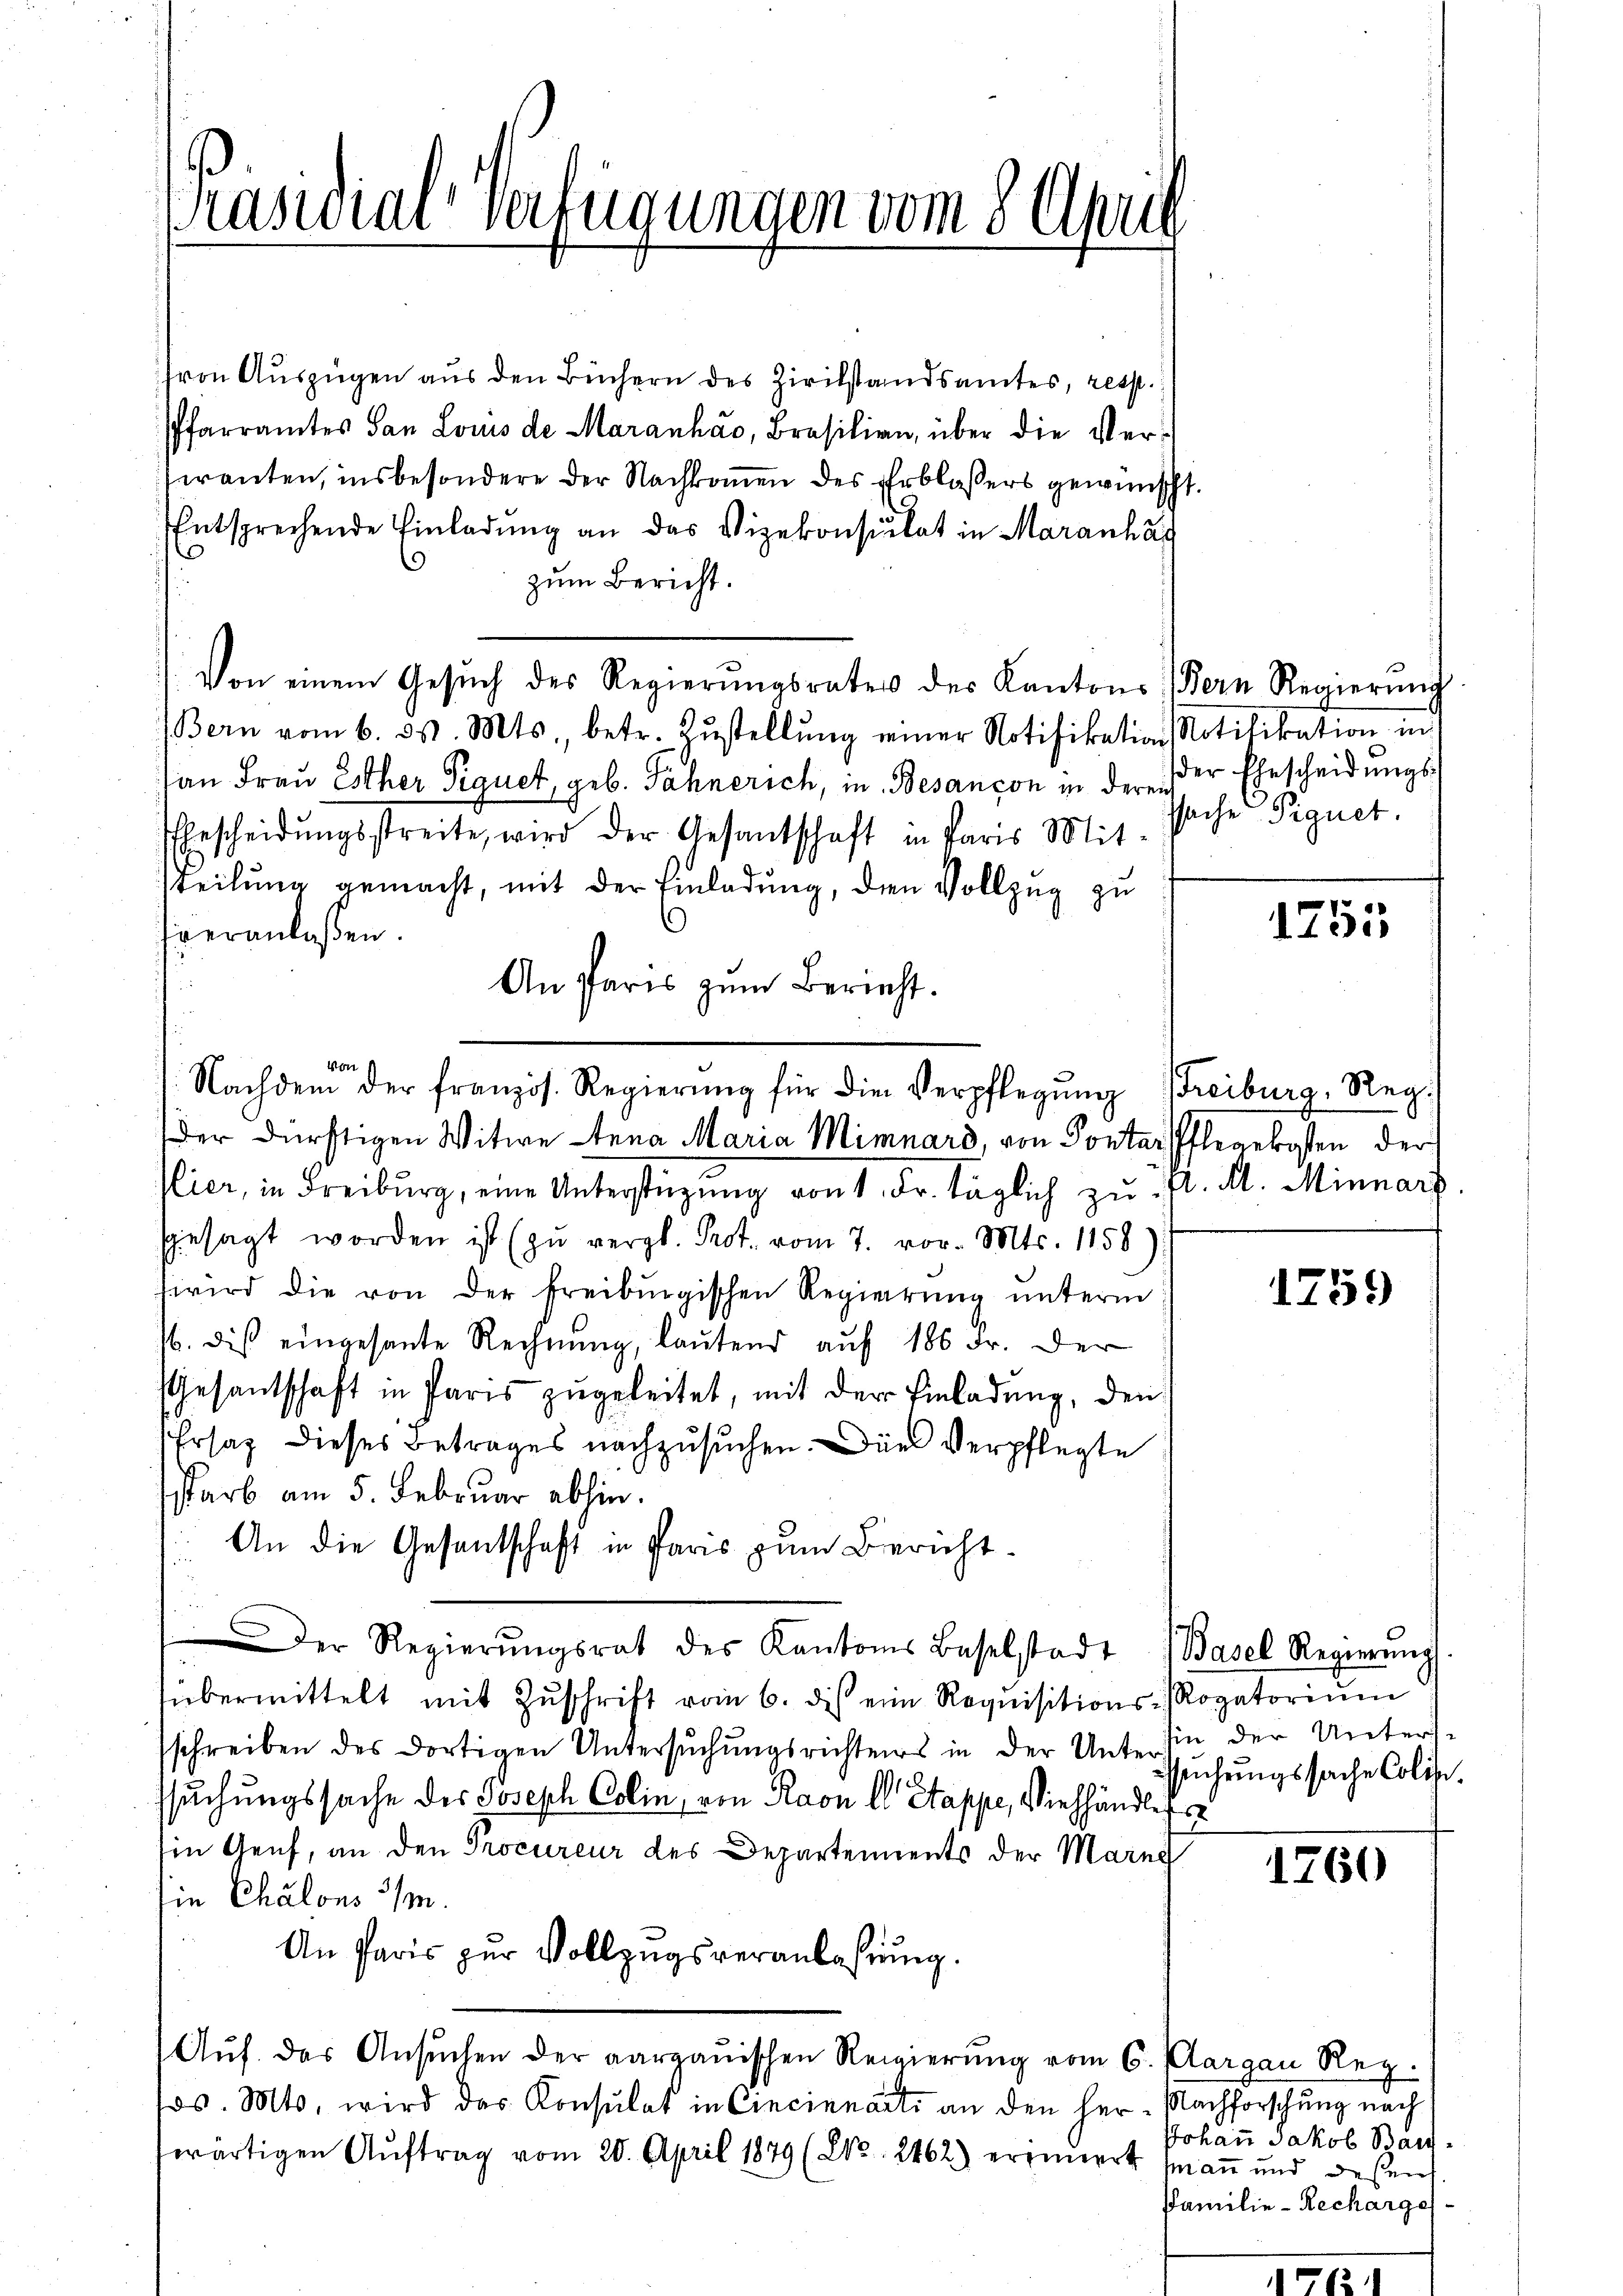
Präsidial-Verfügungen vom 8 Uhru

ron Auszügen aus den Büchern des Zivilstandsamtes, resst.
Pfarramtes San Louis de Maranháo, Brasilien, über die Vereranten, insbesondere der Nachkommen des Erblassers gewünscht.
Entsprechende Einladŭng an das Vizekonsulat in Maranhal
9
zum Bericht.
Von einem Gesŭch des Regierŭngsrates des Kantons Bern Regierŭng
Bern vom 6. d. Mts. betr. Zŭstellŭng einer Notifikation Notifikation in
an Frau Esther Signet, geb. Fähnerich, in Besançon in der der Ehescheidungs¬
Ehrscheidŭngsstreite, wird der Gesandschaft in Paris Mitteilŭng gemacht, mit der Einladŭng, den Vollzug zu
veranlaßen.
An Paris zum Bericht.
von
Plier, in Freiburg, eine Unterstüzung von 1. Fr. täglich zu P. M. Minnarz
sgesagt worden ist (zŭ vergl. Prot. vom 7. vor. Mts. 1158)
wird die von der freiburgischen Regierŭng ŭnterm
/. dis eingesante Rechnŭng, laŭtend aŭf 186 Fr. der
Gesantschaft in Paris zugeleitet, mit der Einladung, den
Ersaz dieses Betrages nachzusuchen. Die Verpflegte
starb am 5. Februar abhin.
An die Gesantschaft in Paris zum Bericht¬
Der Regierŭngsrat des Kantons Baselstadt Basel Regierŭng
fübermittelt mit Zŭschrift vom 6. dis ein Requisitions- Rogatoriŭm
sschreiben des dortigen Untersŭchŭngsrichtes in der Unterhin der Unters-
e
ssuchungssache der Joseph Colin, von Ravn ll Stappe, Viehhändlichs
Ein Genf, an den Procureur des Departements der Marie
sie Chalons /M.
An Paris zur Vollzugsveranlassung.
Aŭf das Ansŭchen der aargauischen Regierŭng vom 6. Margau Reg.
Jos. Mts. wird das Konsulat in Cincinnarti an den her-Nachforschung nach
wärtigen Aŭftrag vom 20. April 1879 (23. 2462) erinnert man und dessens

Nachdem der französ. Regierŭng für die Verpflegŭng Freiburg, Regder dürftigen Witwe Anna Maria Mimnard, von Pontar Pflegekosten der

sache Signet.

1255

1759

sŭchŭngssache Colize

1760

Johann Jakob Band
Familie - Recharges.